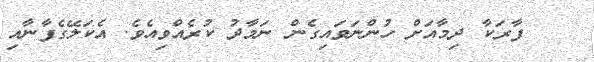
ފާރަކާ ދިމާއަށް ހުންނަވައިގެން ނަމާދު ކުރެއްވިއެވެ. އެކަލޭގެފާނާއި